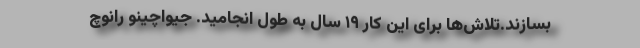
بسازند.تلاش‌ها برای این کار ۱۹ سال به طول انجامید. جیواچینو رانوچ